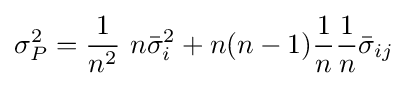
\sigma _{P}^{2}={\frac {1}{n^{2}}}\ {n}{\bar {\sigma }}_{i}^{2}+n(n-1){\frac {1}{n}}{\frac {1}{n}}{\bar {\sigma }}_{ij}